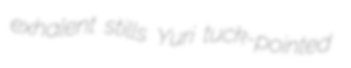
exhalent stills Yuri tuck-pointed